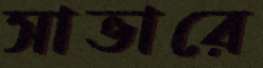
সাভারে